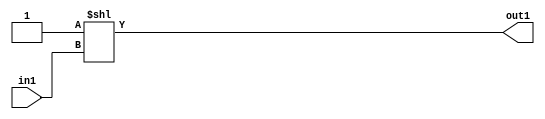
`timescale 1ps / 1ps
/*****************************************************************************
    Verilog RTL Description
    
    
    Created by: Stratus DpOpt 2019.1.01 
*******************************************************************************/

module GaussFilter_DECODE_16U_7_4 (
	in1,
	out1
	); /* architecture "behavioural" */ 
input [3:0] in1;
output [15:0] out1;
wire [15:0] asc001;

assign asc001 = 16'B0000000000000001 << in1;

assign out1 = asc001;
endmodule

/* CADENCE  ubD1Qww= : u9/ySgnWtBlWxVPRXgAZ4Og= ** DO NOT EDIT THIS LINE ******/